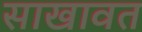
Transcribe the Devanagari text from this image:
साखावत